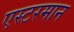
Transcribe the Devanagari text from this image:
एस्टरमान